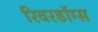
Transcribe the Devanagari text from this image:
रिवरडॉग्स